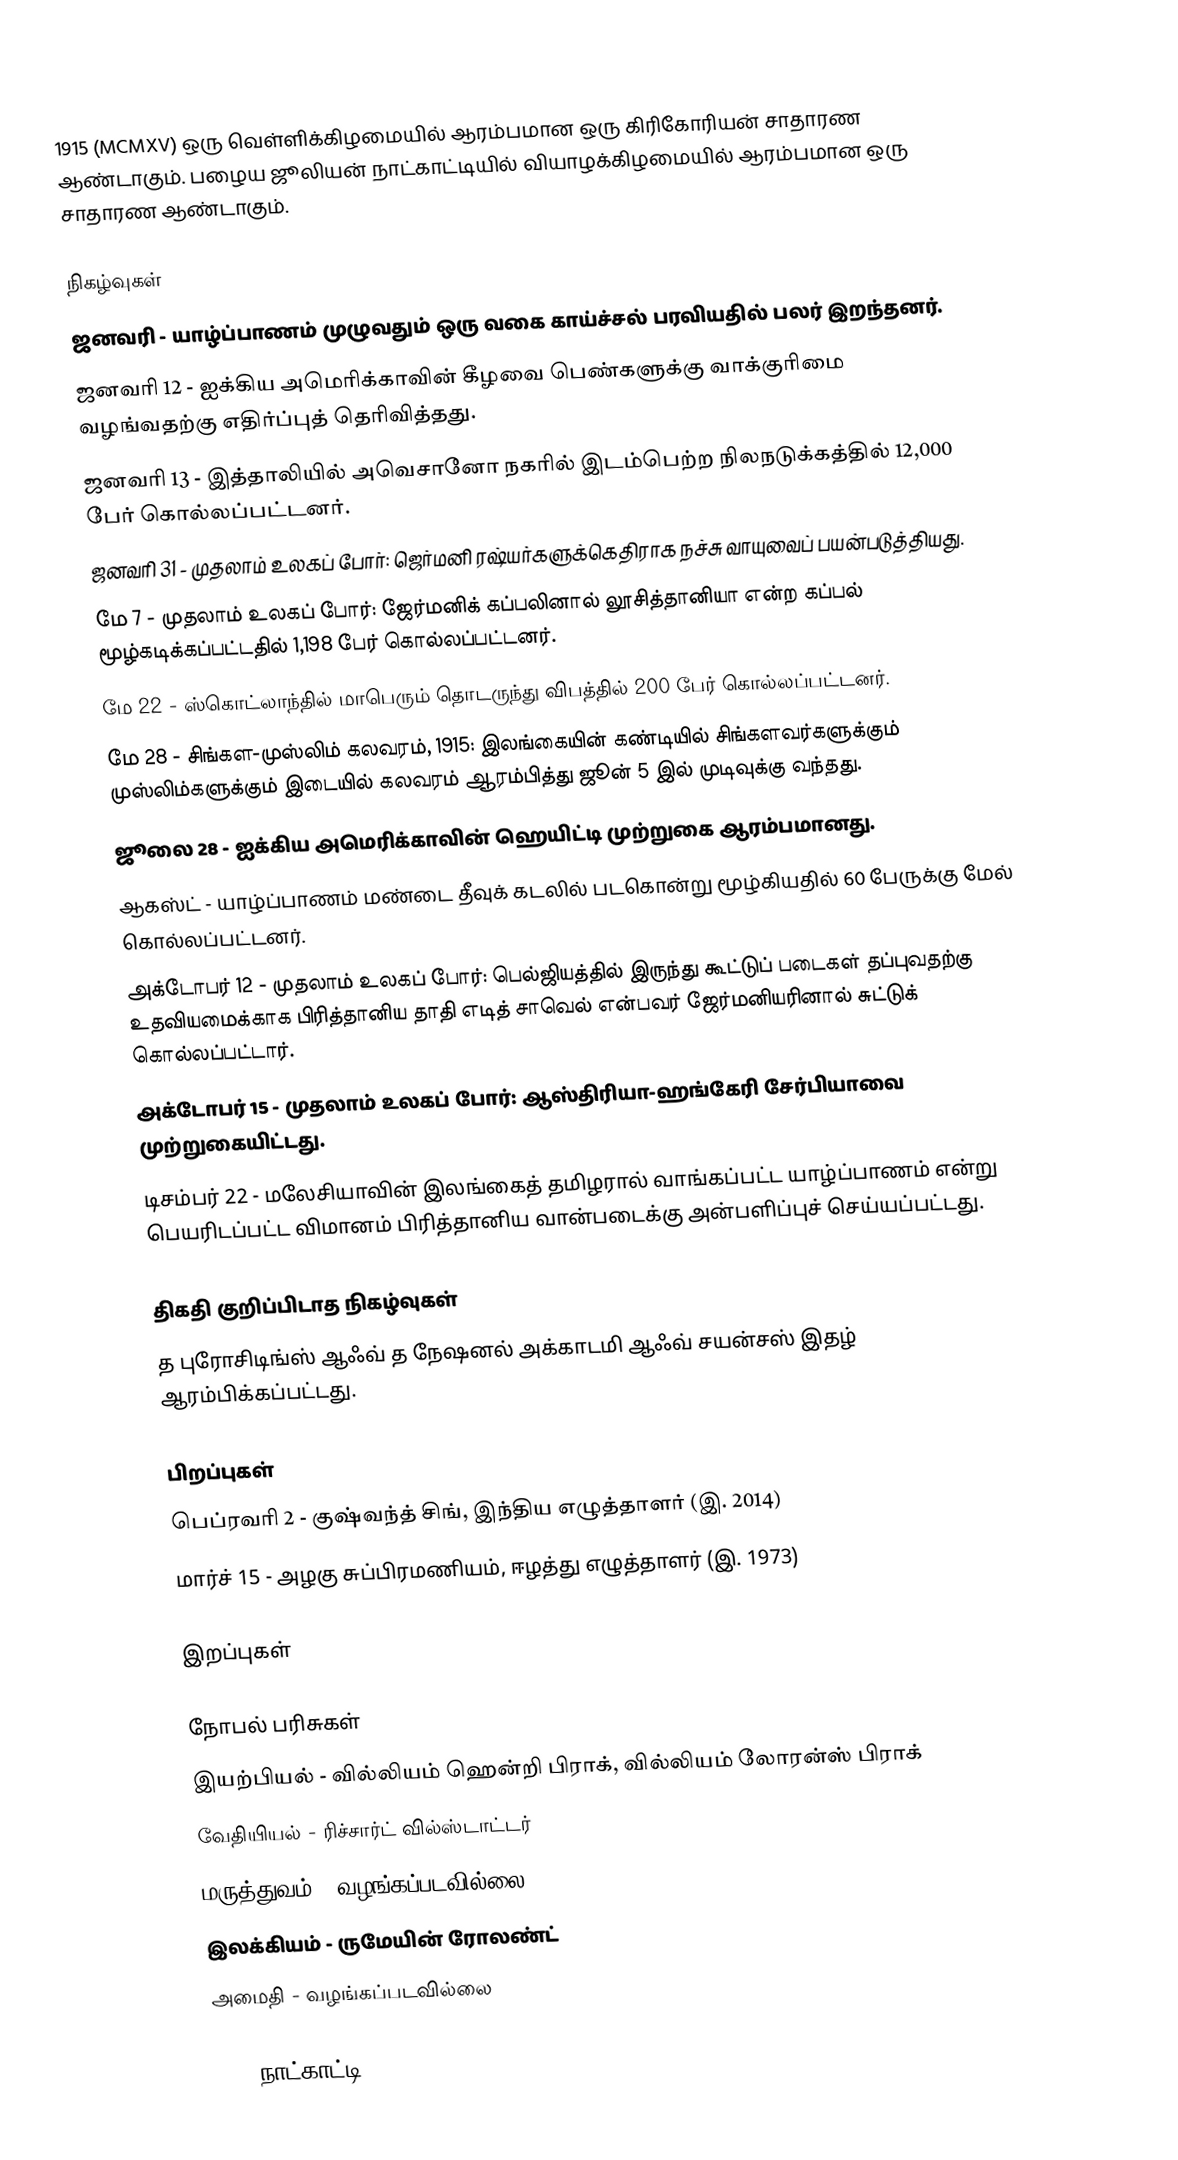
1915 (MCMXV) ஒரு வெள்ளிக்கிழமையில் ஆரம்பமான ஒரு கிரிகோரியன் சாதாரண ஆண்டாகும். பழைய ஜூலியன் நாட்காட்டியில் வியாழக்கிழமையில் ஆரம்பமான ஒரு சாதாரண ஆண்டாகும்.

நிகழ்வுகள்
 ஜனவரி - யாழ்ப்பாணம் முழுவதும் ஒரு வகை காய்ச்சல் பரவியதில் பலர் இறந்தனர்.
 ஜனவரி 12 - ஐக்கிய அமெரிக்காவின் கீழவை பெண்களுக்கு வாக்குரிமை வழங்வதற்கு எதிர்ப்புத் தெரிவித்தது.
 ஜனவரி 13 - இத்தாலியில் அவெசானோ நகரில் இடம்பெற்ற நிலநடுக்கத்தில் 12,000 பேர் கொல்லப்பட்டனர்.
 ஜனவரி 31 - முதலாம் உலகப் போர்: ஜெர்மனி ரஷ்யர்களுக்கெதிராக நச்சு வாயுவைப் பயன்படுத்தியது.
 மே 7 - முதலாம் உலகப் போர்: ஜேர்மனிக் கப்பலினால் லூசித்தானியா என்ற கப்பல் மூழ்கடிக்கப்பட்டதில் 1,198 பேர் கொல்லப்பட்டனர்.
 மே 22 - ஸ்கொட்லாந்தில் மாபெரும் தொடருந்து விபத்தில் 200 பேர் கொல்லப்பட்டனர்.
 மே 28 - சிங்கள-முஸ்லிம் கலவரம், 1915: இலங்கையின் கண்டியில் சிங்களவர்களுக்கும் முஸ்லிம்களுக்கும் இடையில் கலவரம் ஆரம்பித்து ஜூன் 5 இல் முடிவுக்கு வந்தது.
 ஜூலை 28 - ஐக்கிய அமெரிக்காவின் ஹெயிட்டி முற்றுகை ஆரம்பமானது.
 ஆகஸ்ட் - யாழ்ப்பாணம் மண்டை தீவுக் கடலில் படகொன்று மூழ்கியதில் 60 பேருக்கு மேல் கொல்லப்பட்டனர்.
 அக்டோபர் 12 - முதலாம் உலகப் போர்: பெல்ஜியத்தில் இருந்து கூட்டுப் படைகள் தப்புவதற்கு உதவியமைக்காக பிரித்தானிய தாதி எடித் சாவெல் என்பவர் ஜேர்மனியரினால் சுட்டுக் கொல்லப்பட்டார்.
 அக்டோபர் 15 - முதலாம் உலகப் போர்: ஆஸ்திரியா-ஹங்கேரி சேர்பியாவை முற்றுகையிட்டது.
 டிசம்பர் 22 - மலேசியாவின் இலங்கைத் தமிழரால் வாங்கப்பட்ட யாழ்ப்பாணம் என்று பெயரிடப்பட்ட விமானம் பிரித்தானிய வான்படைக்கு அன்பளிப்புச் செய்யப்பட்டது.

திகதி குறிப்பிடாத நிகழ்வுகள்
 த புரோசிடிங்ஸ் ஆஃவ் த நேஷனல் அக்காடமி ஆஃவ் சயன்சஸ் இதழ் ஆரம்பிக்கப்பட்டது.

பிறப்புகள்
 பெப்ரவரி 2 - குஷ்வந்த் சிங், இந்திய எழுத்தாளர் (இ. 2014)
 மார்ச் 15 - அழகு சுப்பிரமணியம், ஈழத்து எழுத்தாளர் (இ. 1973)

இறப்புகள்

நோபல் பரிசுகள்
 இயற்பியல் - வில்லியம் ஹென்றி பிராக், வில்லியம் லோரன்ஸ் பிராக்
 வேதியியல் - ரிச்சார்ட் வில்ஸ்டாட்டர்
 மருத்துவம் - வழங்கப்படவில்லை
 இலக்கியம் - ருமேயின் ரோலண்ட்
 அமைதி - வழங்கப்படவில்லை

1915 நாட்காட்டி